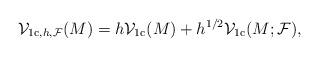
LaTeX: \begin{align*}\mathcal{V}_{\mathrm{1c},h,\mathcal{F}}(M) = h\mathcal{V}_{\mathrm{1c}}(M) + h^{1/2}\mathcal{V}_{\mathrm{1c}}(M;\mathcal{F}),\end{align*}